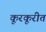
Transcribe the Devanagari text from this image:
कूरकूरीत